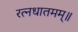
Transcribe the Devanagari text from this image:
रत्नधातमम्॥